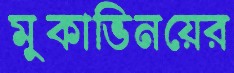
মুকাভিনয়ের